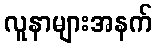
လူနာများအနက်